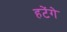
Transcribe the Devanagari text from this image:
हटेंगे